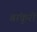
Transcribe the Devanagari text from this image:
बांकुरों